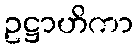
ဥဋ္ဌာဟိကာ